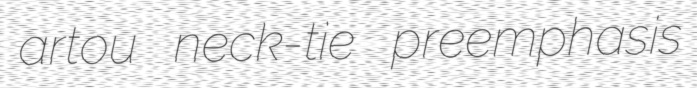
artou neck-tie preemphasis